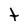
Character: t